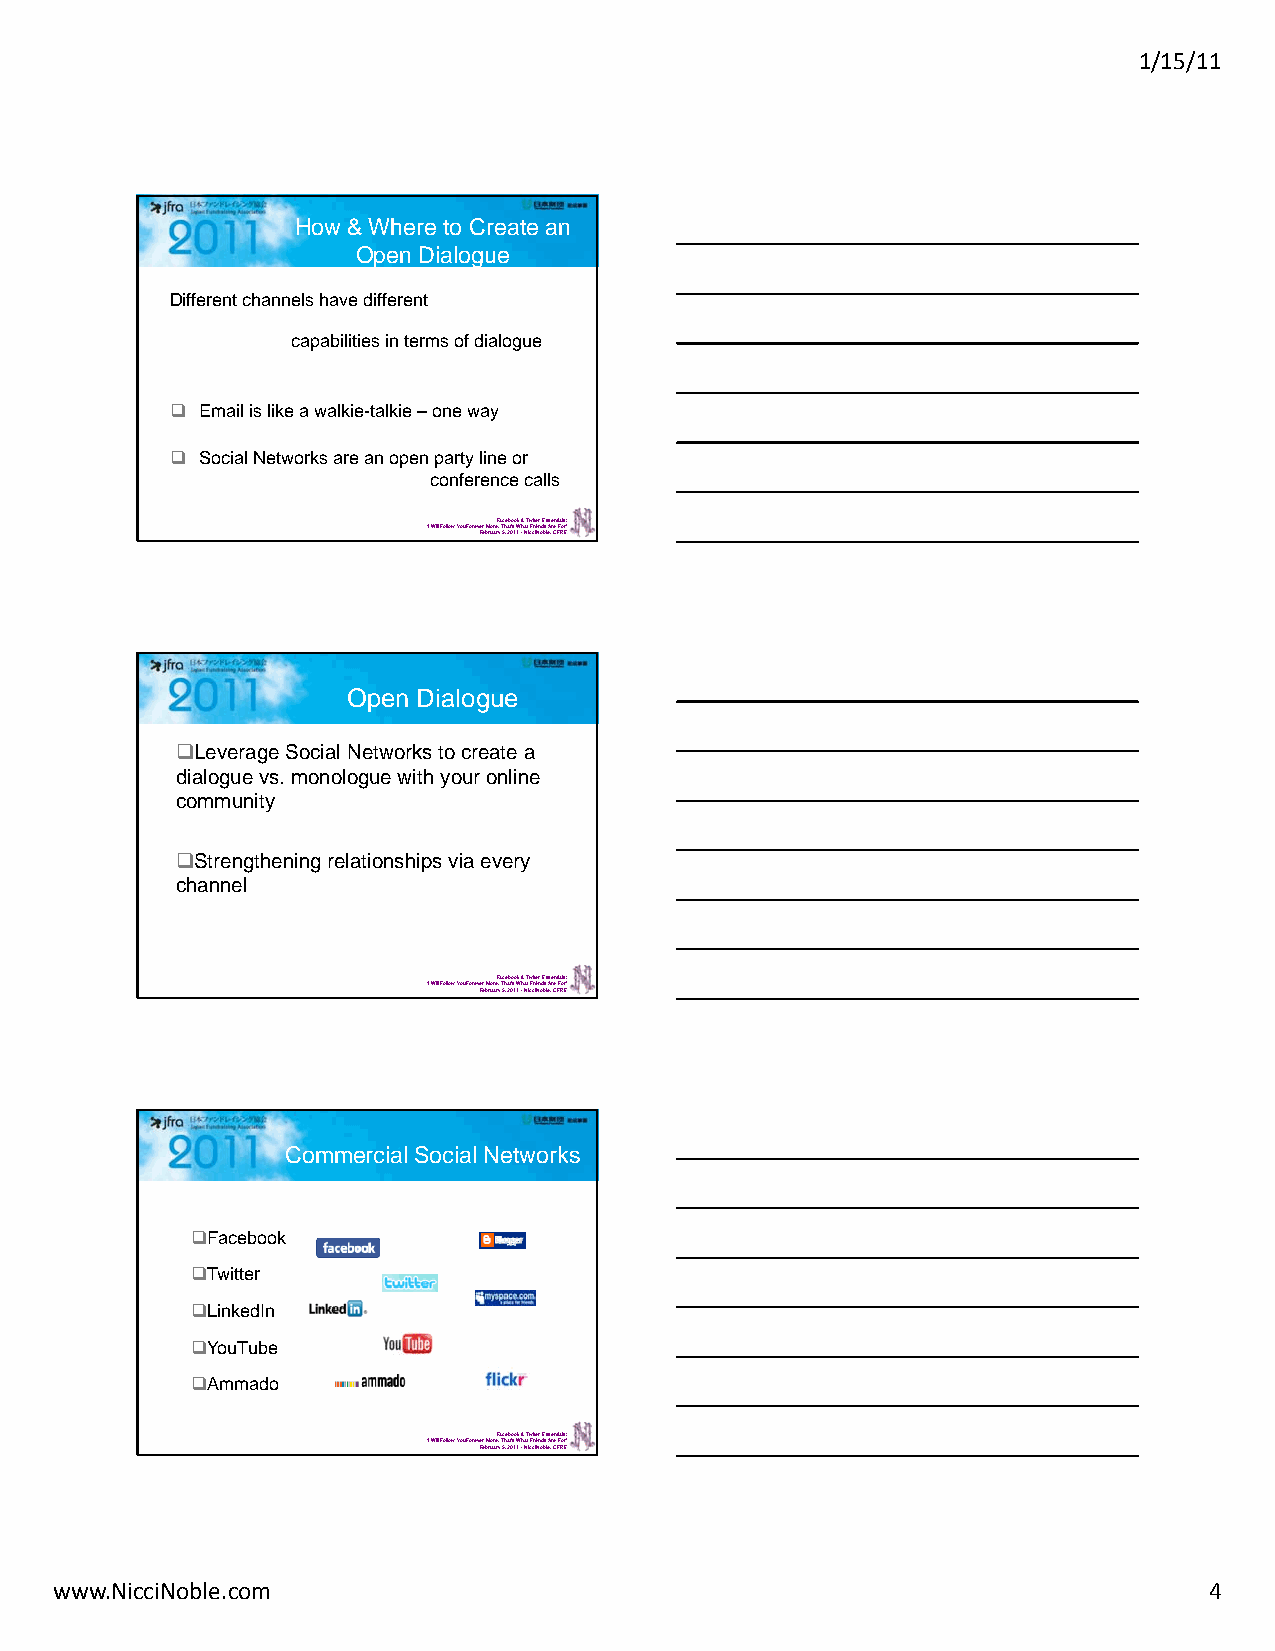
1/15/11
 How & Where to Create an
 Open Dialogue
 Different channels have different
 capabilities in terms of dialogue
  Email is like a walkie-talkie –one way
  Social Networks are an open party line or
 conference calls
 ‘I Will Follow You ForeveFre bMrouraerF,y a T5ch,e a2bt0o’s1o W1k & -h NaTti cwFcirt iit ee Nnr o dE bss l esA,e rCnet FiFa Rols Er:’
 Open Dialogue
 Leverage Social Networks to create a
 dialogue vs. monologue with your online
 community
 Strengthening relationships via every
 channel
 ‘I Will Follow You ForeveFre bMrouraerF,y a T5ch,e a2bt0o’s1o W1k & -h NaTti cwFcirt iit ee Nnr o dE bss l esA,e rCnet FiFa Rols Er:’
 Commercial Social Networks
 Facebook
 Twitter
 LinkedIn
 YouTube
 Ammado
 ‘I Will Follow You ForeveFre bMrouraerF,y a T5ch,e a2bt0o’s1o W1k & -h NaTti cwFcirt iit ee Nnr o dE bss l esA,e rCnet FiFa Rols Er:’
 www.NicciNoble.com                                                          4